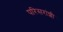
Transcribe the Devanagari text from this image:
परिसरांशी